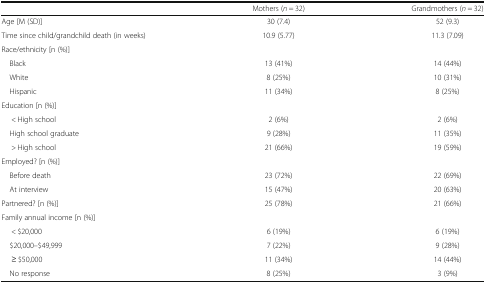
|  | Mothers (n = 32) | Grandmothers (n = 32) |
 | --- | --- | --- |
 | Age [M (SD)] | 30 (7.4) | 52 (9.3) |
 | Time since child/grandchild death (in weeks) | 10.9 (5.77) | 11.3 (7.09) |
 | <COLSPAN=3> Race/ethnicity [n (%)] |
 | Black | 13 (41%) | 14 (44%) |
 | White | 8 (25%) | 10 (31%) |
 | Hispanic | 11 (34%) | 8 (25%) |
 | <COLSPAN=3> Education [n (%)] |
 | < High school | 2 (6%) | 2 (6%) |
 | High school graduate | 9 (28%) | 11 (35%) |
 | > High school | 21 (66%) | 19 (59%) |
 | <COLSPAN=3> Employed? [n (%)] |
 | Before death | 23 (72%) | 22 (69%) |
 | At interview | 15 (47%) | 20 (63%) |
 | Partnered? [n (%)] | 25 (78%) | 21 (66%) |
 | <COLSPAN=3> Family annual income [n (%)] |
 | < $20,000 | 6 (19%) | 6 (19%) |
 | $20,000–$49,999 | 7 (22%) | 9 (28%) |
 | ≥ $50,000 | 11 (34%) | 14 (44%) |
 | No response | 8 (25%) | 3 (9%) |